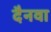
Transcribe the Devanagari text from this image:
दैनवा